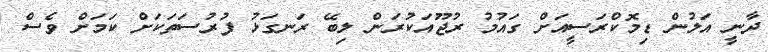
ދާނީ އަލުން ޑިމޮކްރަސީއަށް ގައުމު ރުޖޫއަކުރަން ލިބޭ ރަނގަޅު ފުރުސަތަކަށް ކަމަށް ވެސް